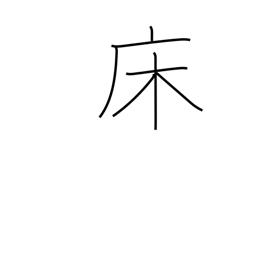
Meaning: bed